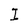
Character: I